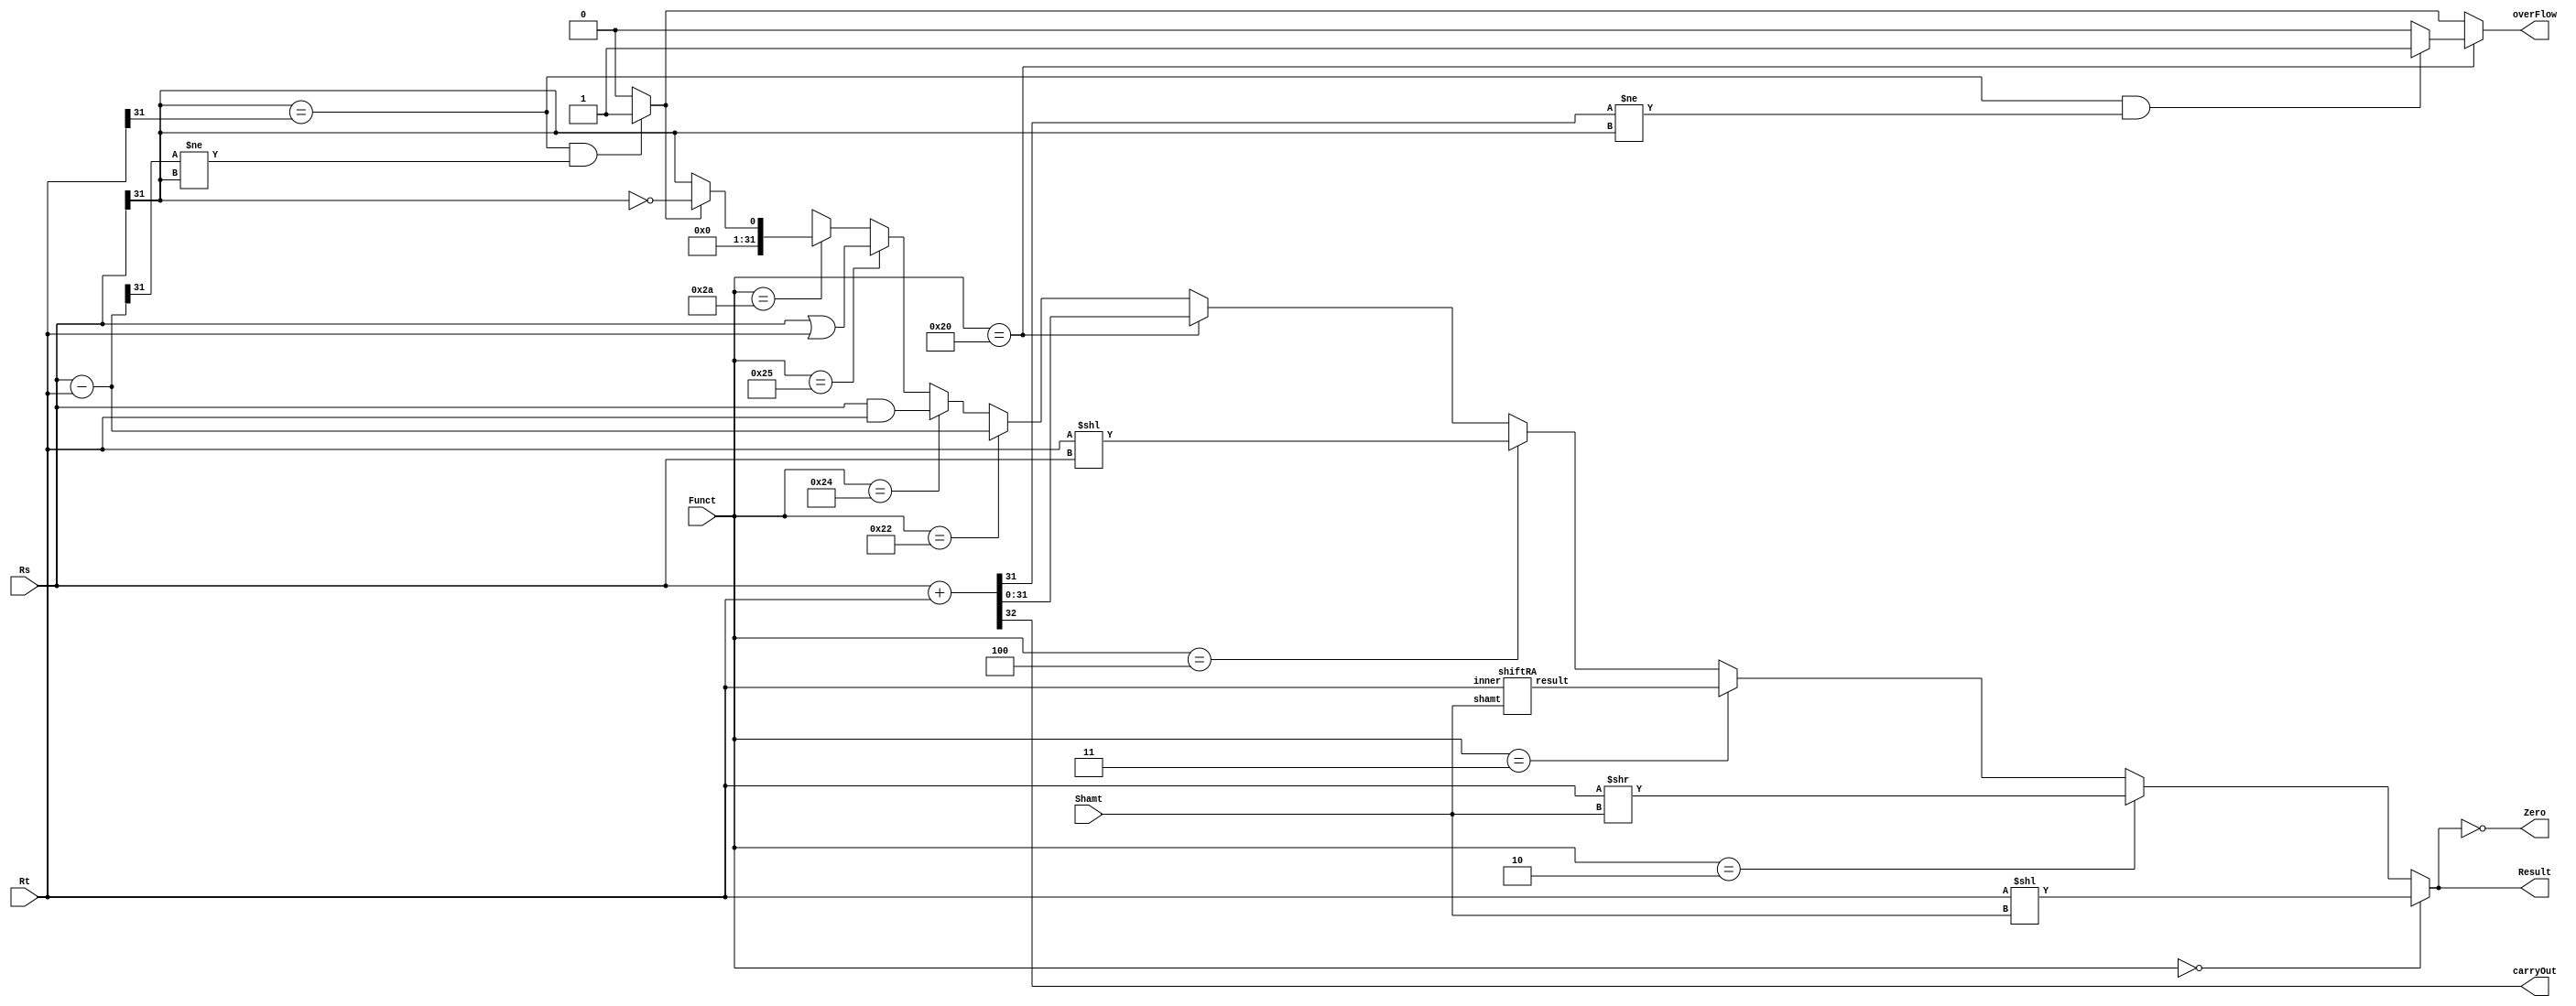
module aluModul(
	input [5:0] Funct,
	input [4:0] Shamt,
	input [31:0] Rs,Rt,
	output [31:0] Result,
	output carryOut,Zero,overFlow);

	wire [31:0] Add,Sub,And,Or,Sra,Srl,Sll,Sllv;
	wire overFlowAdd,overFlowSub,Slt;
	
	assign {carryOut,Add} = Rs + Rt;
	assign Sub = Rs - Rt;
	assign overFlowAdd = ((Rs[31] == Rt[31]) && (Add[31] != Rs[31])) ? 1 : 0;
	assign overFlowSub = ((Rs[31] == Rt[31]) && (Sub[31] != Rs[31])) ? 1 : 0;

	assign overFlow = (Funct == 6'b100000) ? overFlowAdd : overFlowSub;
	assign And = Rs & Rt;
	assign Or  = Rs | Rt;
	assign Srl = Rt >> Shamt;
	assign Sll = Rt << Shamt;
	assign Sllv= Rt << Rs;
	assign Slt = overFlowSub ? ~(Rs[31]) : Rs[31];
	//sra negatif sayilardada soldan 0 koyuyor bunu duzeltmek icin
	shiftRA SRA(Rt,Shamt,Sra);
	
	assign Result = (Funct == 6'b000000) ? Sll ://sll
	(Funct == 6'b000010) ? Srl ://srl
	(Funct == 6'b000011) ? Sra ://sra
	(Funct == 6'b000100) ? Sllv ://sllv
	(Funct == 6'b100000) ? Add ://add
	(Funct == 6'b100010) ? Sub ://sub
	(Funct == 6'b100100) ? And ://and
	(Funct == 6'b100101) ? Or ://or
	(Funct == 6'b101010) ? {{31{1'b0}}, Slt} : 32'hx;	
	
	assign Zero = (Result == 0);
	
endmodule

module shiftRA(input [31:0] inner, input [4:0] shamt, output [31:0] result);

	wire [31:0] s0, s1, s2, s3, inverseA;
	assign inverseA = ~inner;
	assign s0 = (shamt[0] ? {inner[31], inner} >> 1 : inner);
	assign s1 = ~(shamt[1] ? {{2{inner[31]}}, s0} >> 2 : s0);
	assign s2 = ~(shamt[2] ? {{4{inverseA[31]}}, s1} >> 4 : s1);
	assign s3 = ~(shamt[3] ? {{8{inner[31]}}, s2} >> 8 : s2);
	assign result = ~(shamt[4] ? {{16{inverseA[31]}}, s3} >> 16 : s3);
endmodule